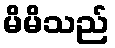
မိမိသည်